Vaccination in Bombay 1924-1928 - 1924-1928
Year: 1924
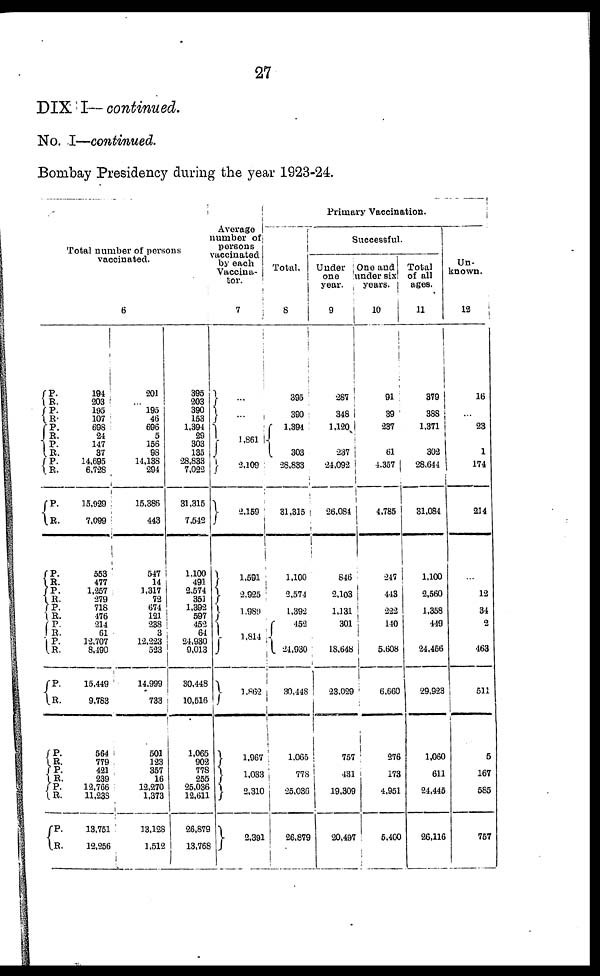
27
DIX I—continued.
No. I—continued.
Bombay Presidency during the year 1923-24.
Total number of persons
vaccinated.
6
P.
R.
P. R.
P.
R.
P.
R. P. R.
P.
R.
P. R.
P. R. P.
R.
P. R.
P.
R.
P.
R.
P.
R.
P. R.
P. R.
P. R.
194
203
195
107
698
24
147
37
14,695
6,728
15,929
7,099
553
477
1,257
279
718
476
214
61
12,707
8,490
15,449
9,783
564
779
421
239
12,766
11,238
13,751
12,256
201
... 195
46
696
5
156
98
14,138
294
15,386
443
547
14
1,317
72
674
121
238
3
12,223
523
14,999
733
501
123
357
16
12,270
1,373
13,128
1,512
395
203
390
153
1,394
29
303
135
28,833
7,022
31,315
7,542
1,100
491
2,574
351
1,392
597
452
64
24,930
9,013
30,448
10,516
1,065
902
778
255
25,036
12,611
26,879
13,768
Average
number of
persons
vaccinated
by each
Vaccina-
tor.
7
...
...
1,861
2,109
2,159
1,591
2,925
1,989
1,814
1,862
1,967
1,033
2,310
2,391
Primary Vaccination.
Total.
8
395
390
1,394
303
28,833
31,315
1,100
2,574
1,392
452
24,930
30,448
1,065
778
25,036
26,879
Successful.
Under
one
year.
9
287
348
1,120
237
24,092
26,084
846
2,103
1,131
301
18,648
23,029
757
431
19,309
20,497
One and
under six
years.
10
91
39
237
61
4,357
4,785
247
443
222
140
5,608
6,660
276
173
4,951
5,400
Total
of all
ages.
11
379
388
1,371
302
28,644
31,084
1,100
2,560
1,358
449
24,456
29,923
1,060
611
24,445
26,116
Un-
known.
12
16
...
23
1
174
214
...
12
34
2
463
511
5
167
585
757